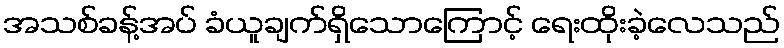
အသစ်ခန့်အပ် ခံယူချက်ရှိသောကြောင့် ရေးထိုးခဲ့လေသည်